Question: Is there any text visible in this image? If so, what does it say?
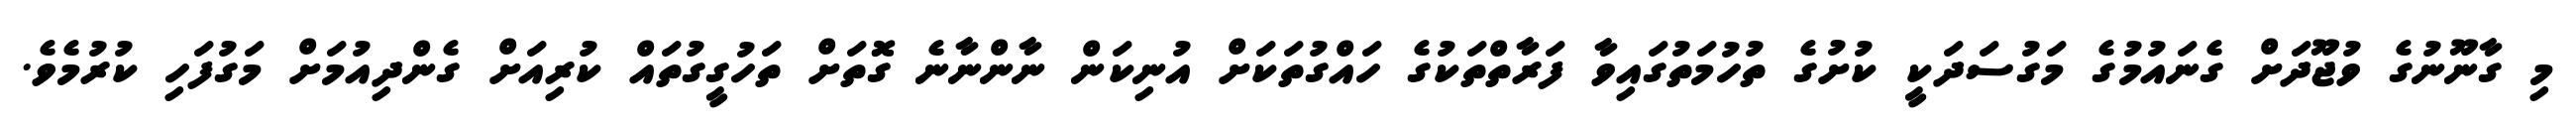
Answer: މި ގާނޫނުގެ ވުޖޫދަށް ގެނައުމުގެ މަގުސަދަކީ ކުށުގެ ތުހުމަތުގައިވާ ފަރާތްތަކުގެ ހައްގުތަކަށް އުނިކަން ނާންނާނެ ގޮތަށް ތަހުގީގުތައް ކުރިއަށް ގެންދިއުމަށް މަގުފަހި ކުރުމެވެ.